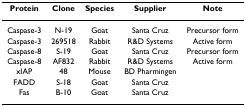
| Protein | Clone | Species | Supplier | Note |
 | --- | --- | --- | --- | --- |
 | Caspase-3 | N-19 | Goat | Santa Cruz | Precursor form |
 | Caspase-3 | 269518 | Rabbit | R&D Systems | Active form |
 | Caspase-8 | S-19 | Goat | Santa Cruz | Precursor form |
 | Caspase-8 | AF832 | Rabbit | R&D Systems | Active form |
 | xIAP | 48 | Mouse | BD Pharmingen |  |
 | FADD | S-18 | Goat | Santa Cruz |  |
 | Fas | B-10 | Goat | Santa Cruz |  |